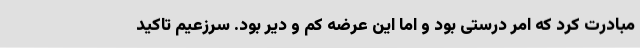
مبادرت کرد که امر درستی بود و اما این عرضه کم و دیر بود. سرزعیم تاکید